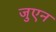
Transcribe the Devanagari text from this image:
जुएन